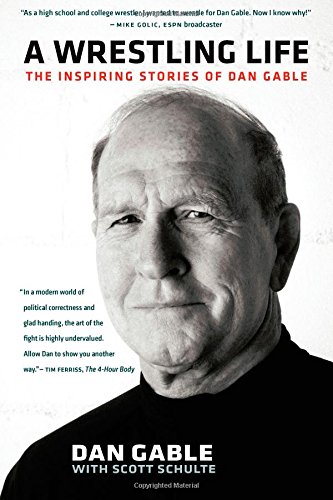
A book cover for A Wrestling Life: The Inspiring Stories of Dan Gable; Dan Gable; Biographies & Memoirs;